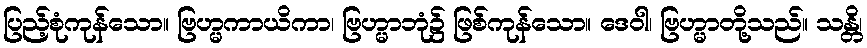
ပြည့်စုံကုန်သော။ ဗြဟ္မကာယိကာ၊ ဗြဟ္မာဘုံ၌ ဖြစ်ကုန်သော။ ဒေဝါ၊ ဗြဟ္မာတို့သည်။ သန္တိ၊